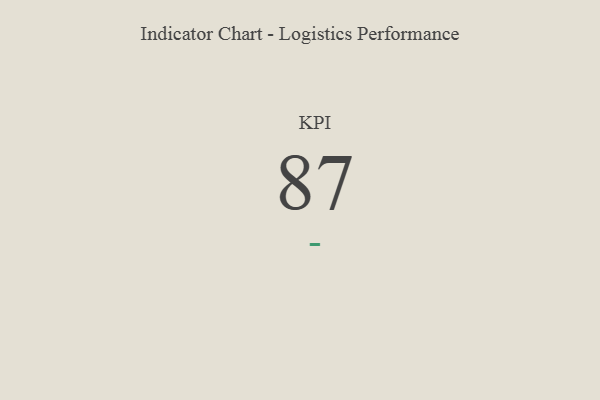
{"axis": {"x": "KPI", "y": "Value"}, "legend": [""], "data": [{"x": "KPI", "y": 87, "type": ""}]}